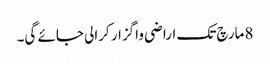
8مارچ تک اراضی واگزار کرالی جائے گی۔